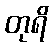
တုရိ